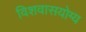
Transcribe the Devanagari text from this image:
विशवासयोग्य